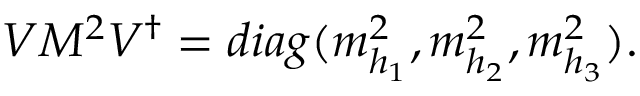
V M ^ { 2 } V ^ { \dagger } = d i a g ( m _ { h _ { 1 } } ^ { 2 } , m _ { h _ { 2 } } ^ { 2 } , m _ { h _ { 3 } } ^ { 2 } ) .